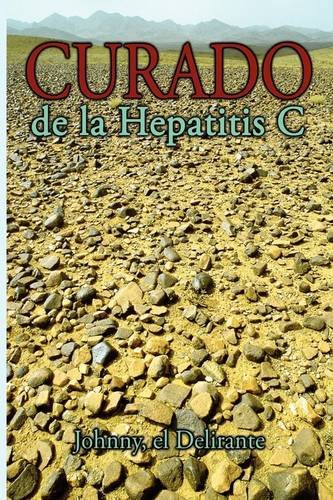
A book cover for Curado de la Hepatitis C (Spanish Edition); Johnny, el Delirante; Health, Fitness & Dieting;